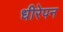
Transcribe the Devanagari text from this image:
धीरेपन